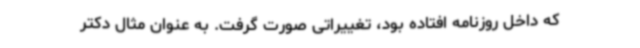
که داخل روزنامه افتاده بود، تغییراتی صورت گرفت. به عنوان مثال دکتر